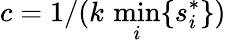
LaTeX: c=1/(k\, \operatorname*{min}_{i}\{ s_{i}^{*}\} )